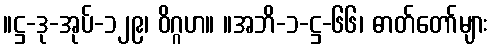
။ဋ္ဌ-ဒု-အုပ်-၁၂၉၊ ဝိဂ္ဂဟ။ ။အဘိ-၁-ဋ္ဌ-၆၆၊ ဓာတ်တော်များ